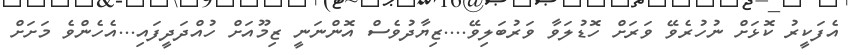
އެފަކީރު ކޮޅަށް ނުހުރެވޭ ވަަރަށް ހޮޑުލަވާ ވަރުބަލިވޭ....ޒިޔާދުވެސް އޮންނަނީ ޒިމޫއަށް ހުއްދަދީފައި...އެހެންވެ މަށަށް